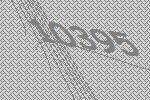
10395